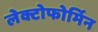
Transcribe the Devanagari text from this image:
लेक्टोफोर्मिन